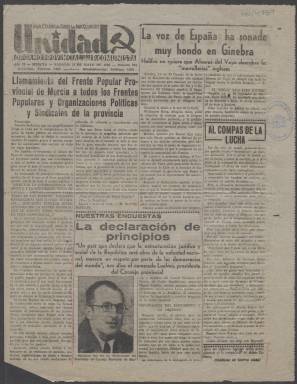
Título: Unidad (Murcia)
Colección: Periódicos || Guerra civil
Ámbito geográfico: Murcia
Lugar de publicación: Murcia
Fechas: 14/05/1938-17/11/1938